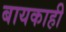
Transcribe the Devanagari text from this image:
बायकाही